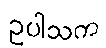
ဥပါသက